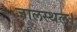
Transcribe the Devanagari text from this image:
जालस्थल।